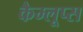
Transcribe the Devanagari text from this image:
कैम्लूप्स